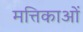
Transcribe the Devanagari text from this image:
मत्तिकाओं